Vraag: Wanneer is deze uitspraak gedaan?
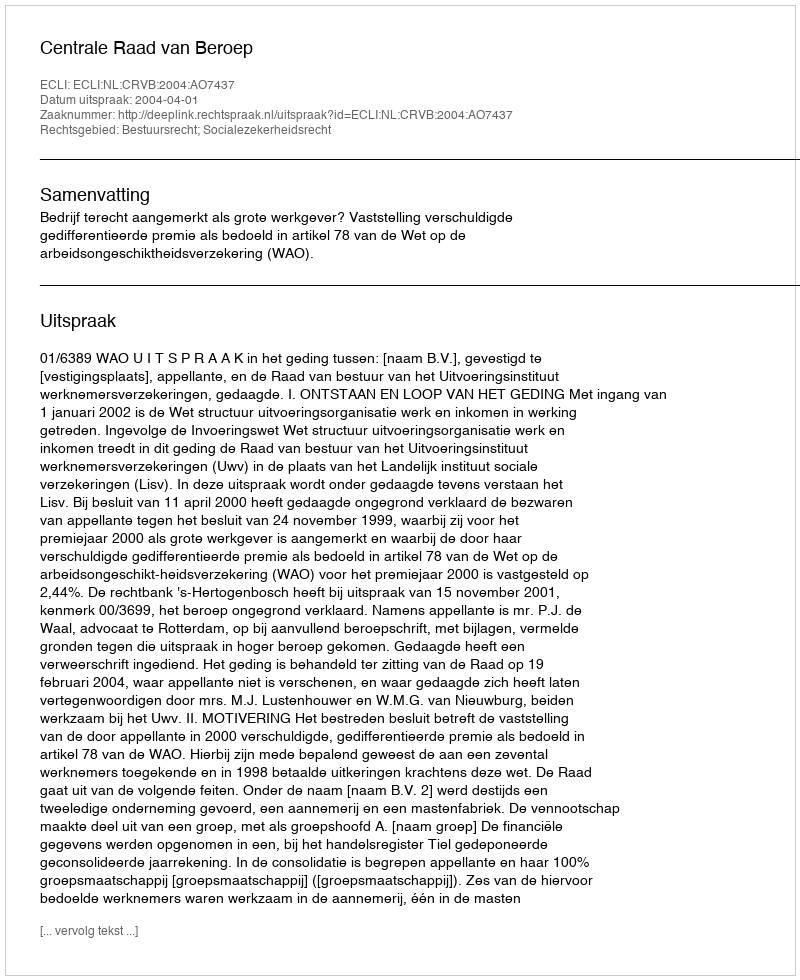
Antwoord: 2004-04-01